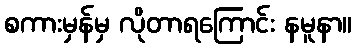
စကားမှန်မှ လိုတာရကြောင်း နမူနာ။